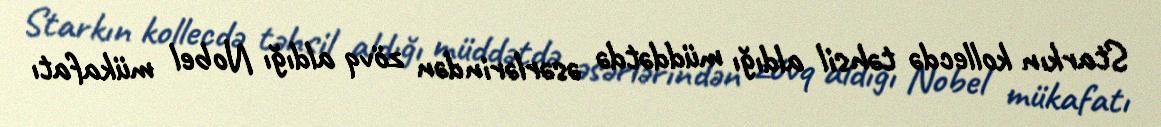
Starkın kollecdə təhsil aldığı müddətdə əsərlərindən zövq aldığı Nobel mükafatı